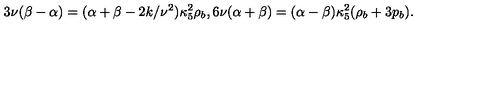
3 \nu ( \beta - \alpha ) = ( \alpha + \beta - 2 k / \nu ^ { 2 } ) \kappa _ { 5 } ^ { 2 } \rho _ { b } , 6 \nu ( \alpha + \beta ) = ( \alpha - \beta ) \kappa _ { 5 } ^ { 2 } ( \rho _ { b } + 3 p _ { b } ) .